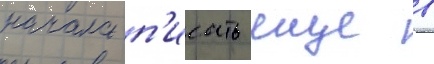
начала п'исать еще в